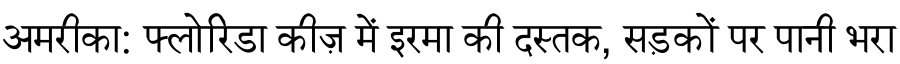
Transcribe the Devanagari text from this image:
अमरीका: फ्लोरिडा कीज़ में इरमा की दस्तक, सड़कों पर पानी भरा